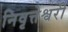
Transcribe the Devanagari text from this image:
निवृत्तेश्वरी